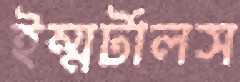
ইম্মর্টালস